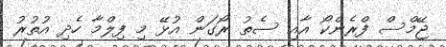
ޖޭމްސް ފްރެންކޯ އާއި ސެތު ރޯގަން އުޅޭ މި ފިލްމާ ހެދި އުތުރު